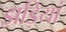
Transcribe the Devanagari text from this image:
झड़ियां